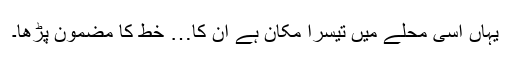
یہاں اسی محلے میں تیسرا مکان ہے ان کا… خط کا مضمون پڑھا۔